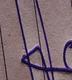
Signature authenticity: genuine